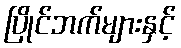
ပြိုင်ဘက်များနှင့်